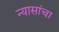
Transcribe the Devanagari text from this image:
न्यासांचा